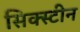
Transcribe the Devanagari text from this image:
सिक्स्टीन